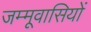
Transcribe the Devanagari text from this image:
जम्मूवासियों